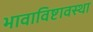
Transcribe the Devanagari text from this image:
भावाविष्टावस्था